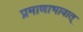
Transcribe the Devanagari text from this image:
प्रमाणाभावात्